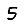
Digit: 5